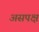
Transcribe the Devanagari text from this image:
असपक्ष